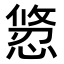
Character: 𭞂